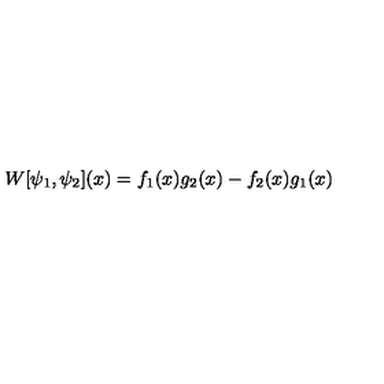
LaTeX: W [ \psi _ { 1 } , \psi _ { 2 } ] ( x ) = f _ { 1 } ( x ) g _ { 2 } ( x ) - f _ { 2 } ( x ) g _ { 1 } ( x )